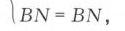
\(BN = BN\)，